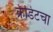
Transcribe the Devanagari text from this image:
क्रेडिटचा